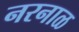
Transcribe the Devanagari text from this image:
नरनाळ